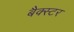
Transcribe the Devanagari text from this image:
बैक्स्टर